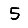
Digit: 5